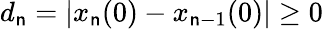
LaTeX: d_{\mathsf{n}}=|x_{\mathsf{n}}(0)-x_{\mathsf{n}-1}(0)|\geq0